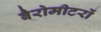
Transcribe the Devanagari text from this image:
बैरोमीटरों